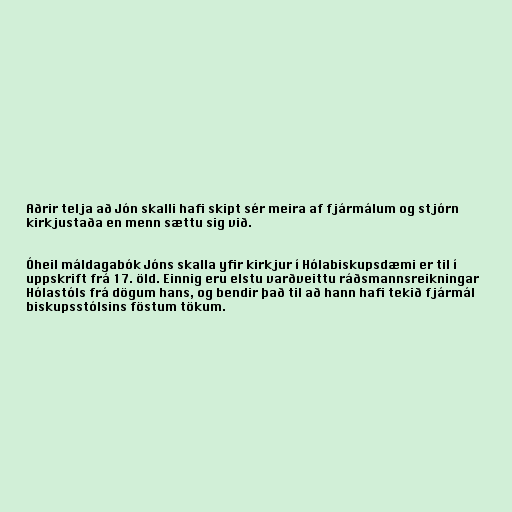
Aðrir telja að Jón skalli hafi skipt sér meira af fjármálum og stjórn
kirkjustaða en menn sættu sig við.

Óheil máldagabók Jóns skalla yfir kirkjur í Hólabiskupsdæmi er til í
uppskrift frá 17. öld. Einnig eru elstu varðveittu ráðsmannsreikningar
Hólastóls frá dögum hans, og bendir það til að hann hafi tekið fjármál
biskupsstólsins föstum tökum.